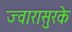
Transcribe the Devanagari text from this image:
ज्वारासुरके